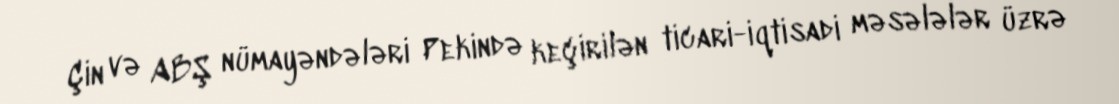
Çin və ABŞ nümayəndələri Pekində keçirilən ticari-iqtisadi məsələlər üzrə